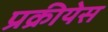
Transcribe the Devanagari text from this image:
प्रक्रीयेस